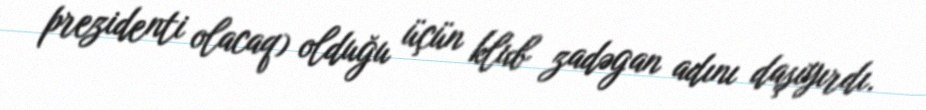
prezidenti olacaq) olduğu üçün klub zadəgan adını daşıyırdı.